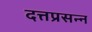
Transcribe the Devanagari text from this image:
दत्तप्रसन्न